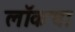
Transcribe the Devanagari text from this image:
लॉकचा